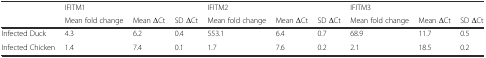
|  | IFITM1 |  |  | IFITM2 |  |  | IFITM3 |  |  |
 |  | Mean fold change | Mean ΔCt | SD ΔCt | Mean fold change | Mean ΔCt | SD ΔCt | Mean fold change | Mean ΔCt | SD ΔCt |
 | --- | --- | --- | --- | --- | --- | --- | --- | --- | --- |
 | Infected Duck | 4.3 | 6.2 | 0.4 | 553.1 | 6.4 | 0.7 | 68.9 | 11.7 | 0.5 |
 | Infected Chicken | 1.4 | 7.4 | 0.1 | 1.7 | 7.6 | 0.2 | 2.1 | 18.5 | 0.2 |